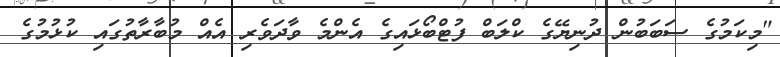
"މިކަމުގެ ސަބަބުން ދުނިޔޭގެ ކްލަބް ފުޓްބޯޅައިގެ އެންމެ ވާދަވެރި އެއް މުބާރާތުގައި ކުޅުމުގެ